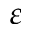
\varepsilon